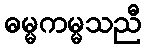
ဓမ္မကမ္မသညီ